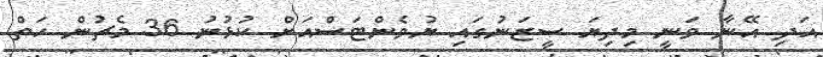
އަދި އޭނާ ވަނީ މިދިޔަ ސީޒަނުގައި ޔުވެންޓަސްއަށް ކުޅުނު 36 މެޗުން ހަތް